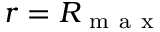
r = R _ { \mathrm { ~ m ~ a ~ x ~ } }